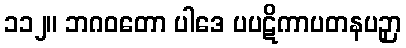
၁၁၂။ ဘဂဝတော ပါဒေ ပပဋိကာပတနပဉှာ